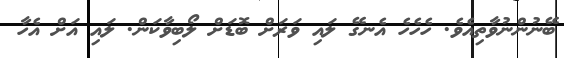
ބޭނުންނުވާތިއެވެ. ހެހެހެ އެނގޭ ލައި ވަރަށް ބޮޑަށް ލޯބިވާކަން. ލައި އަށް އެހާ